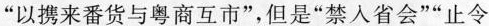
“以携来番货与粤商互市”，但是“禁人省会”“止令